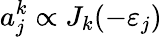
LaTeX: a_{j}^{k}\propto J_{k}(-\varepsilon_{j})